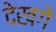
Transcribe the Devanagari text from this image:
देखगे